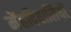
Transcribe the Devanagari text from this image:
मेंहदिवालियों